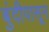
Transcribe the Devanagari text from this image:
बुंदीपासून